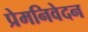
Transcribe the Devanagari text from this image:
प्रेमनिवेदन